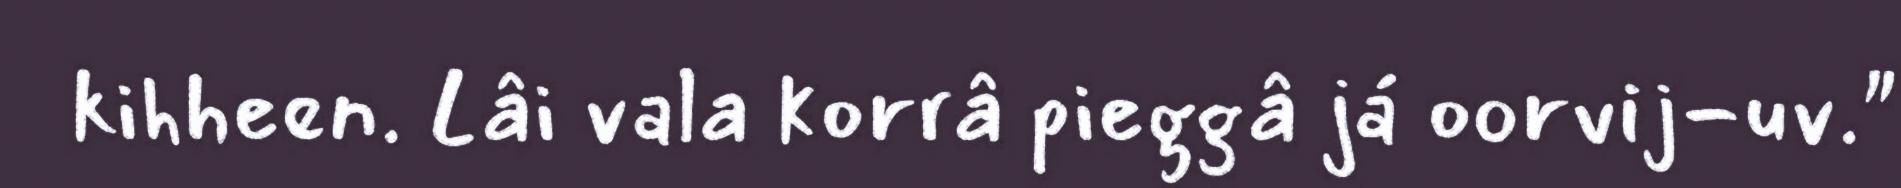
kihheen. Lâi vala korrâ pieggâ já oorvij-uv."